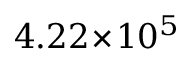
4 . 2 2 \! \times \! 1 0 ^ { 5 }